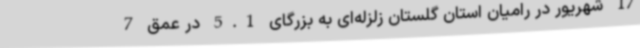
17 شهریور در رامیان استان گلستان زلزله‌ای به بزرگای 5.1 در عمق 7